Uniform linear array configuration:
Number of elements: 12
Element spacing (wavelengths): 0.5
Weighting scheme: kaiser
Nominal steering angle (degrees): -15
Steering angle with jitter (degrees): -15.466
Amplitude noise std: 0.05
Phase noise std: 0.05

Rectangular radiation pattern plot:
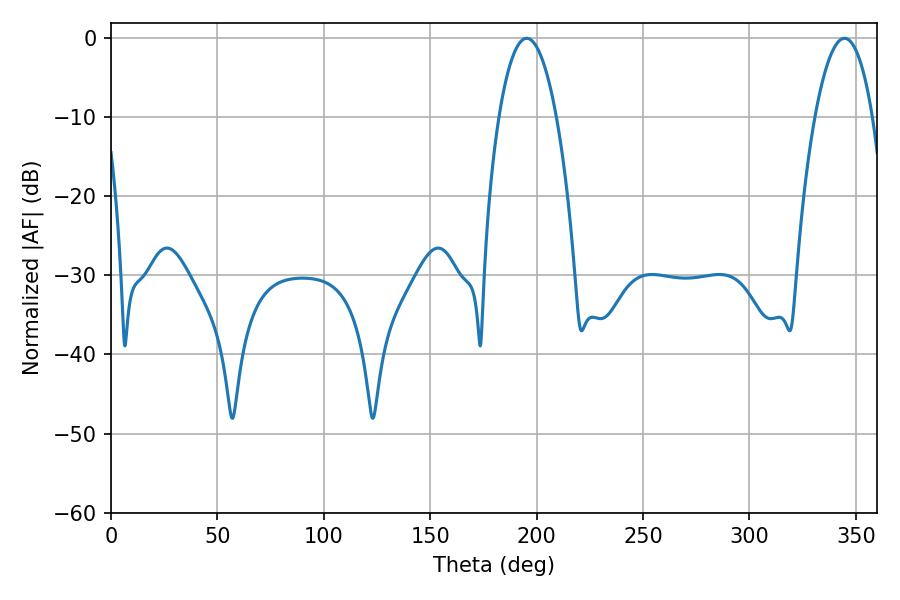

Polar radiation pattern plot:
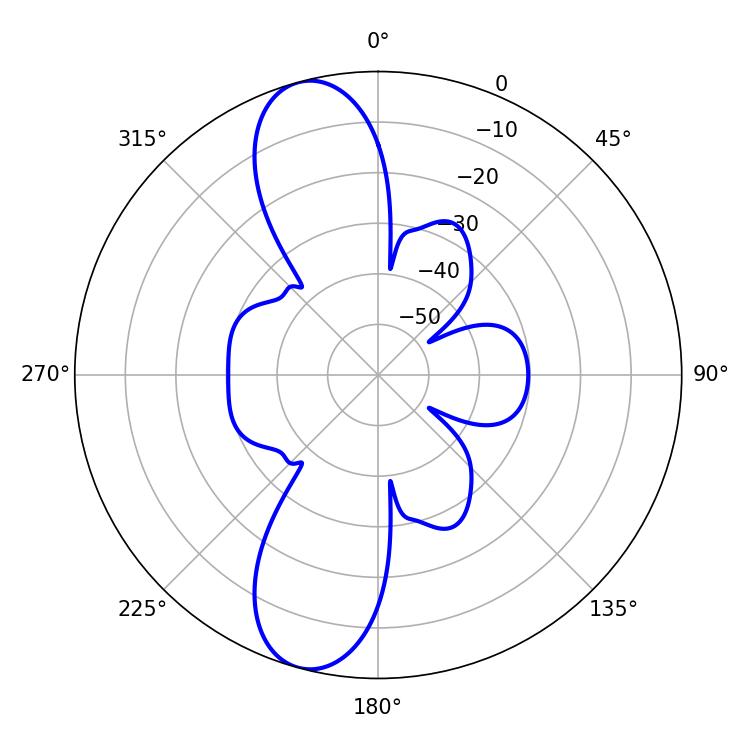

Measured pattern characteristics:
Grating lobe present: FALSE
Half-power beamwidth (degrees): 15.12
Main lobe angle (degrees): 195.3